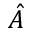
\hat { A }